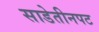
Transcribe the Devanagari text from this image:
साडेतीनपट